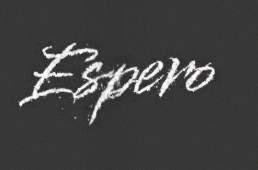
Espero